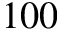
1 0 0